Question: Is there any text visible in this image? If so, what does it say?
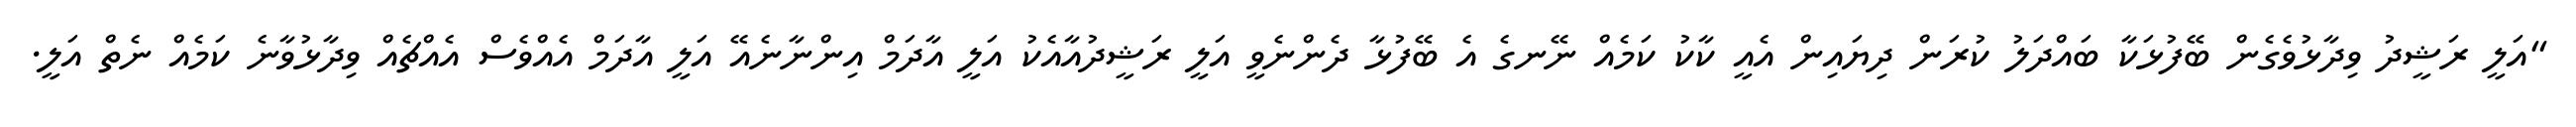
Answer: "އަލީ ރަޝީދު ވިދާޅުވެގެން ބޭފުޅަކާ ބައްދަލު ކުރަން ދިޔައިން އެއީ ކާކު ކަމެއް ނޭނގެ އެ ބޭފުޅާ ދެންނެވީ އަލީ ރަޝީދުއާއެކު އަލީ އާދަމް އިންނާނެއޭ އަލީ އާދަމް އެއްވެސް އެއްޗެއް ވިދާޅުވާނެ ކަމެއް ނެތް އަލީ.